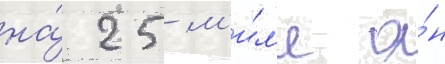
на́ 25 м'и́л'е о́н